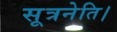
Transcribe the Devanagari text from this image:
सूत्रनेति।